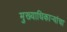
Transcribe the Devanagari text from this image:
मुख्याधिकार्‍यांचा